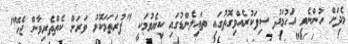
މެދަށް ހުންނެވި އަހުމަދު ސިފަކުރެއްވިގޮތުގައި ތައިލެންޑުގައި ކިޔެވުމަކީ "ފުރަތަމަކޮޅު ވަރަށް ކެތްތެރިވާން ޖެހޭ"